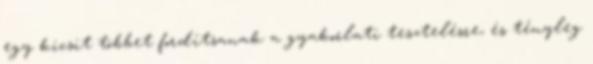
egy kicsit többet fordítsanak a gyakorlati tesztelésre, és tényleg